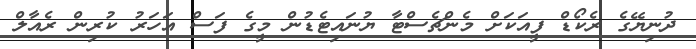
ދުނިޔޭގެ ރެކޯޑް ފީއަކަށް މެންޗެސްޓާ ޔުނައިޓެޑުން މީގެ ފަސް އަހަރު ކުރިން ރެއާލް